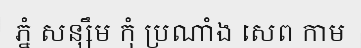
ភ្នំ សន្សឹម កុំ ប្រណាំង សេព កាម